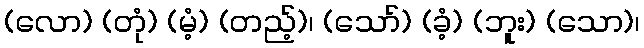
(လော) (တုံ) (မံ့) (တည့်)၊ (သော်) (ခံ့) (ဘူး) (သော)၊